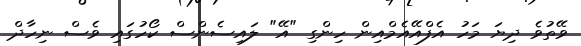
ވޭތުވެ ދިޔަ މަހު އެފްއޭއެމްއިން ހިންގި "އޭ" ލައިސެންސް ކޯހުގައި ވެސް ނިހާދް